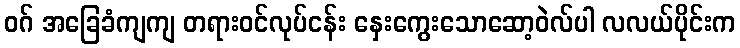
ဝဂ် အခြေခံကျကျ တရားဝင်လုပ်ငန်း နှေးကွေးသောဆော့ဝဲလ်ပါ လလယ်ပိုင်းက